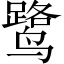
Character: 鹭